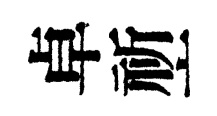
卓祈